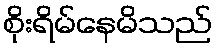
စိုးရိမ်နေမိသည်